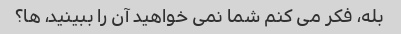
بله، فکر می کنم شما نمی خواهید آن را ببینید، ها؟